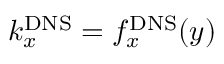
k _ { x } ^ { \mathrm { D N S } } = f _ { x } ^ { \mathrm { D N S } } ( y )